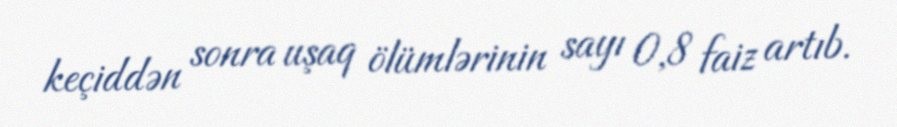
keçiddən sonra uşaq ölümlərinin sayı 0,8 faiz artıb.